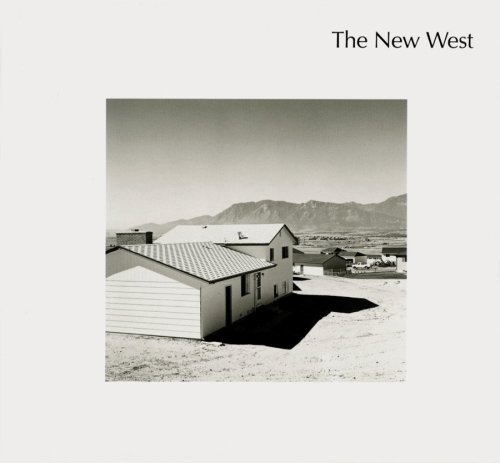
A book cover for Robert Adams: The New West; Travel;